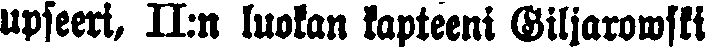
upseeri, II:n luokan kapteeni Giljarowski